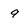
Character: 9